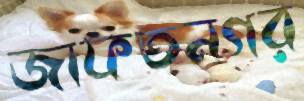
জাফতনগর